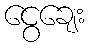
ငွေချေး